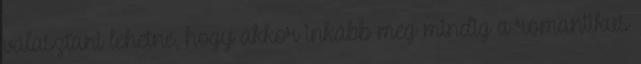
választani lehetne, hogy akkor inkább még mindig a romantikus